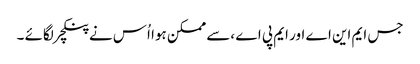
جس ایم این اے اور ایم پی اے ،سے ممکن ہوا اُس نے پنکچر لگائے ۔